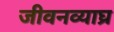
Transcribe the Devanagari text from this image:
जीवनव्याघ्र